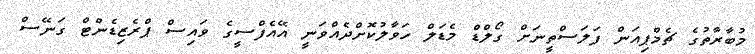
މުބާރާތުގެ ޗެމްޕިއަން ފަލަސްތީނަށް ގޯލްޑް މެޑަލް ހަވާލުކޮށްދެއްވަނީ އޭއެފްސީގެ ވައިސް ޕްރެޒިޑެންޓް ގަނޭސް